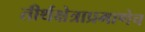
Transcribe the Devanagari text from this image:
तीर्थक्षेत्राप्रमाणेच